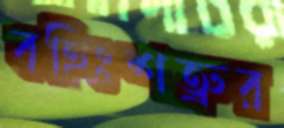
বহিঃশত্রুর